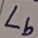
Text: Lb